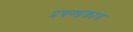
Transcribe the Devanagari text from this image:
प्रचण्डकाय